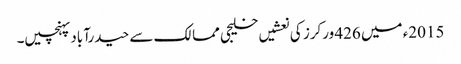
2015ء میں 426 ورکرز کی نعشیں خلیجی ممالک سے حیدرآباد پہنچیں۔